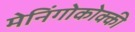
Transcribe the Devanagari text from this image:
मेनिंगोकोक्की